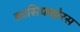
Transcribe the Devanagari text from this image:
कासियादोरस